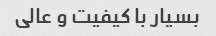
بسیار با کیفیت و عالی